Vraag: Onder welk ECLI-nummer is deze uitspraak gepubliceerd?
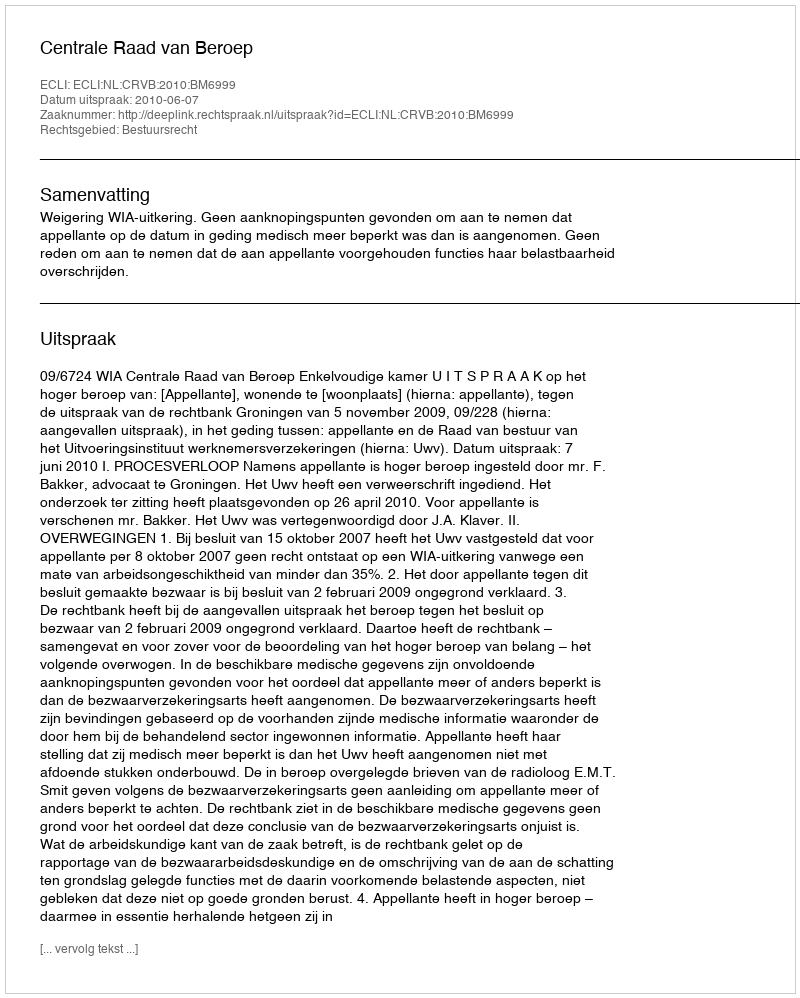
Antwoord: ECLI:NL:CRVB:2010:BM6999